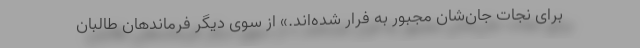
برای نجات جان‌شان مجبور به فرار شده‌اند.» از سوی دیگر فرماندهان طالبان